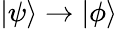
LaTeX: |\psi\rangle\to|\phi\rangle